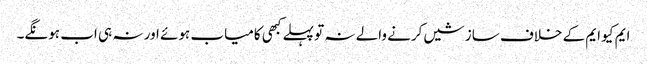
ایم کیو ایم کے خلاف سازشیں کرنے والے نہ تو پہلے کبھی کامیاب ہوئے اور نہ ہی اب ہونگے۔